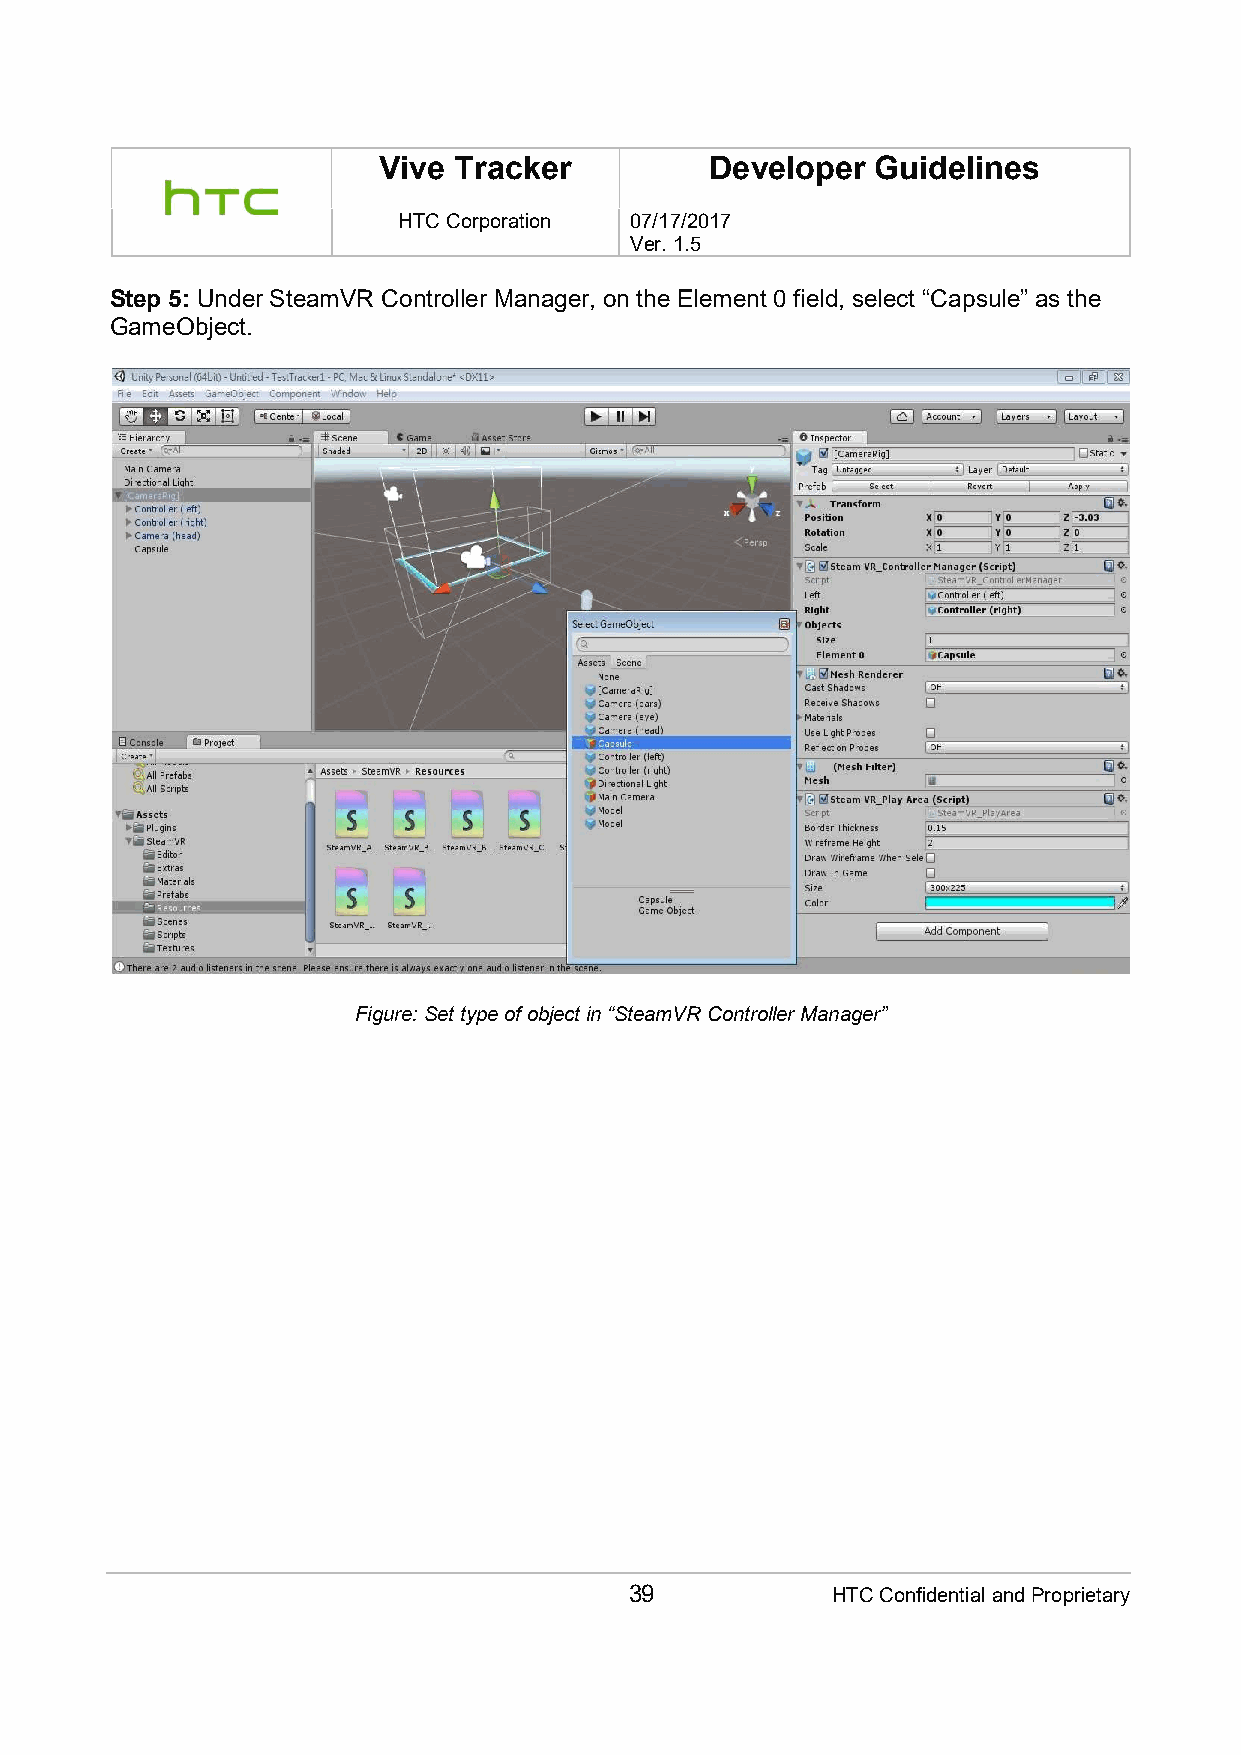
Vive Tracker          Developer  Guidelines
 HTC Corporation 07/17/2017
 Ver. 1.5
 Step 5: Under SteamVR Controller Manager, on the Element 0 field, select “Capsule” as the
 GameObject.
 Figure: Set type of object in “SteamVR Controller Manager”
 39           HTC Confidential and Proprietary